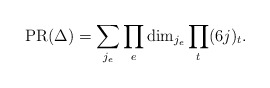
\begin{align*}{\rm PR}(\Delta) = \sum_{j_e} \prod_e {\rm dim}_{j_e} \prod_t (6j)_t.\end{align*}